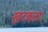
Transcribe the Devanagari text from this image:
खटकता।